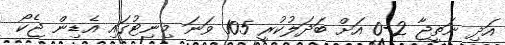
އަދި ނަތީޖާ 2-0 އަށް ބަދަލުކުރީ 105 ވަނަ މިނިޓުގައި އެޑިން ޖެކޯ